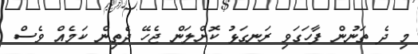
މި ދެ ތަނުން ފާހަގަވި ރަނގަޅު ކޮށްލަން ޖެހޭ ދެތިން ކަމެއް ވެސް